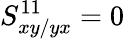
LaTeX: S_{xy/yx}^{11}=0